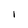
Character: I